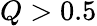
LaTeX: Q>0.5